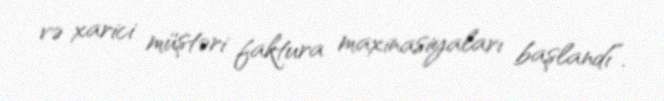
və xarici müştəri faktura maxinasiyaları başlandı”.